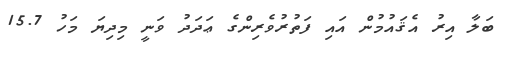
ބަލާ އިރު އެޤައުމުން އައި ފަތުރުވެރިންގެ ޢަދަދު ވަނީ މިދިޔަ މަހު 15.7